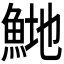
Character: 𬵍